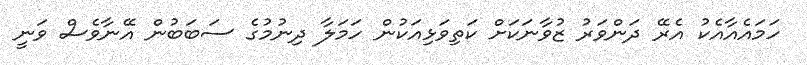
ހަމައެއާއެކު އެރޭ ދަންވަރު ޒުވާނަކަށް ކަތިވަޅިއަކުން ހަމަލާ ދިނުމުގެ ސަބަބުން އޭނާވެސް ވަނީ